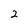
Character: 2